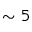
\sim 5